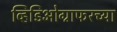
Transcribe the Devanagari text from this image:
व्हिडिओग्राफरच्या